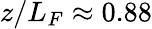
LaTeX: z/L_{F}\approx 0.88